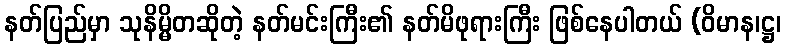
နတ်ပြည်မှာ သုနိမ္မိတဆိုတဲ့ နတ်မင်းကြီး၏ နတ်မိဖုရားကြီး ဖြစ်နေပါတယ် (ဝိမာန၊ဋ္ဌ၊